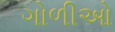
ગોળીઓ